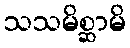
သသမိစ္ဆာမိ